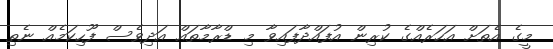
މީގެ އެތަށް އަހަރެއްގެ ކުރިން އުފައްދާފައިވާ މި ޑްރާމާތައް އަދިވެސް ފޫހިކަމެއް ނެތި